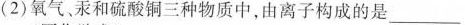
( 2 ) 氧气、汞和硫酸铜三种物质中，由离子构成的是 ___